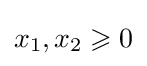
x_{1},x_{2}\geqslant 0